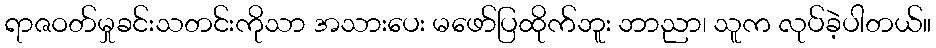
ရာဇဝတ်မှုခင်းသတင်းကိုသာ အသားပေး မဖော်ပြထိုက်ဘူး ဘာညာ၊ သူက လုပ်ခဲ့ပါတယ်။